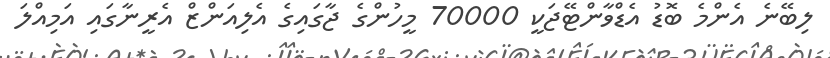
ލިބޭނެ އެންމެ ބޮޑު އެޑްވާންޓޭޖަކީ 70000 މީހުންގެ ޖާގައިގެ އެލިއަންޒް އެރީނާގައި އަމިއްލަ